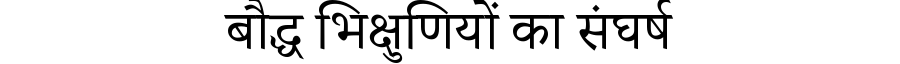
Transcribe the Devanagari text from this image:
बौद्ध भिक्षुणियों का संघर्ष